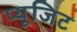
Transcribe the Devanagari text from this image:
प्यूजिट